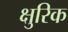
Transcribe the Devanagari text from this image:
क्षुरिक